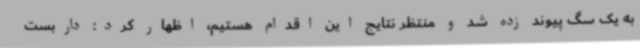
به یک سگ پیوند زده شد و منتظر نتایج این اقدام هستیم، اظهار کرد: داربست